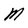
Character: M